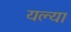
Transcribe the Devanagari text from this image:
यल्या